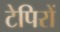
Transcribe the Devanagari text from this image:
टेपिरों